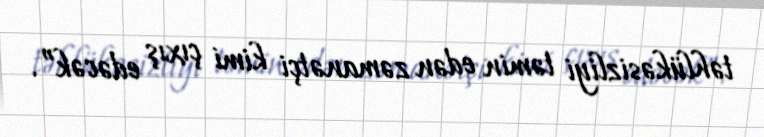
təhlükəsizliyi təmin edən zəmanətçi kimi çıxış edəcək”.